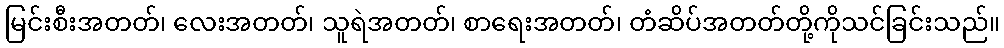
မြင်းစီးအတတ်၊ လေးအတတ်၊ သူရဲအတတ်၊ စာရေးအတတ်၊ တံဆိပ်အတတ်တို့ကိုသင်ခြင်းသည်။